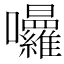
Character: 𭍒